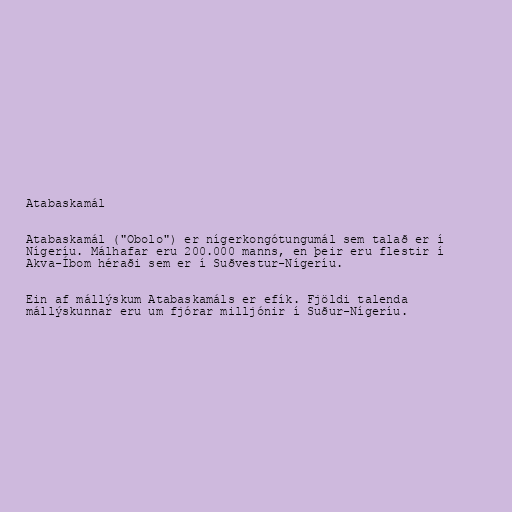
Atabaskamál

Atabaskamál ("Obolo") er nígerkongótungumál sem talað er í
Nígeríu. Málhafar eru 200.000 manns, en þeir eru flestir í
Akva-Íbom héraði sem er í Suðvestur-Nígeríu.

Ein af mállýskum Atabaskamáls er efík. Fjöldi talenda
mállýskunnar eru um fjórar milljónir í Suður-Nígeríu.